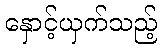
နှောင့်ယှက်သည့်